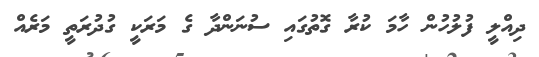
ދިއްލީ ފުލުހުން ހާމަ ކުރާ ގޮތުގައި ސުނަންދާ ގެ މަރަކީ ގުދުރަތީ މަރެއް